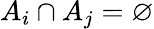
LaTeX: A_{i}\cap A_{j}=\varnothing